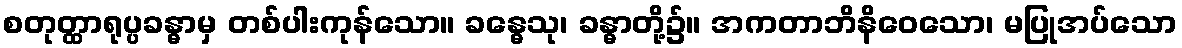
စတုတ္ထာရုပ္ပခန္ဓာမှ တစ်ပါးကုန်သော။ ခန္ဓေသု၊ ခန္ဓာတို့၌။ အကတာဘိနိဝေသော၊ မပြုအပ်သော